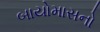
બાયોમાસનો